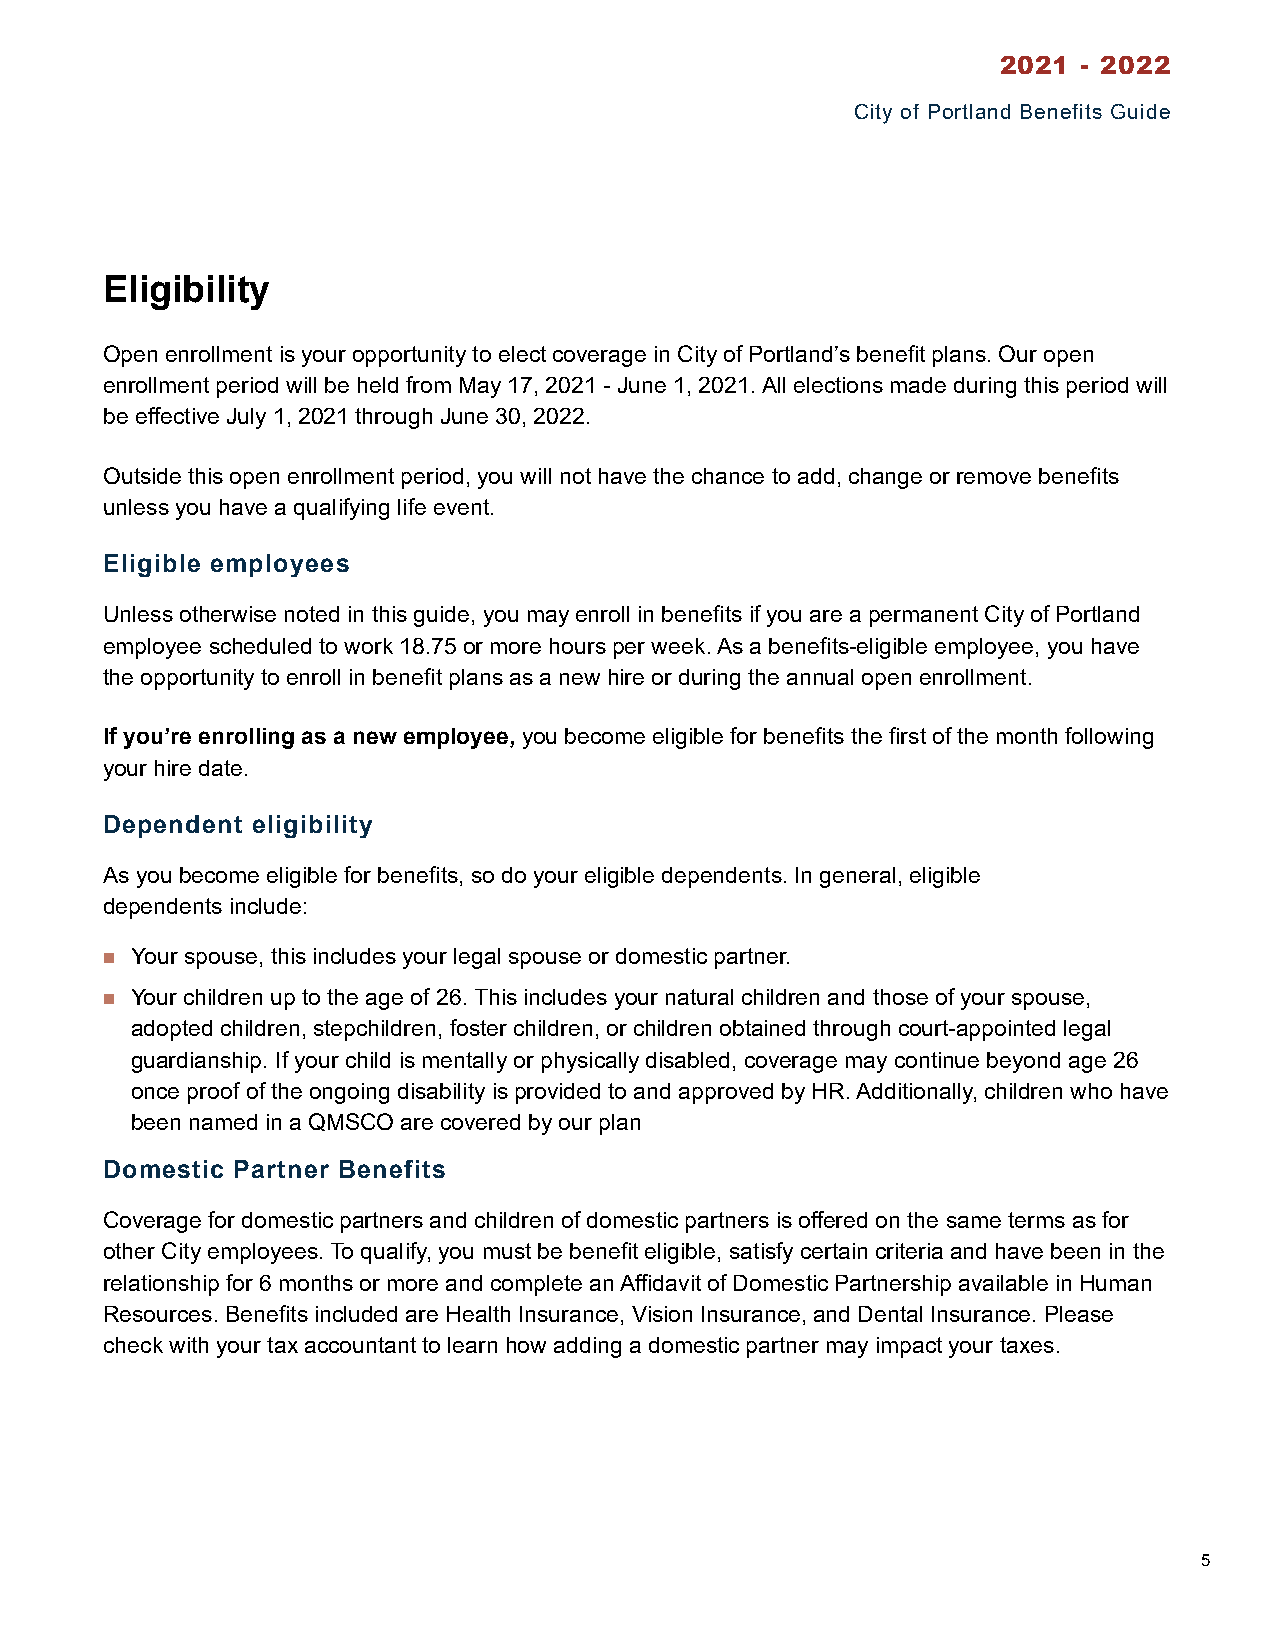
2021  - 2022
 City of Portland Benefits Guide
 Eligibility
 Open enrollment is your opportunity to elect coverage in City of Portland’s benefit plans. Our open
 enrollment period will be held from May 17, 2021 - June 1, 2021. All elections made during this period will
 be effective July 1, 2021 through June 30, 2022.
 Outside this open enrollment period, you will not have the chance to add, change or remove benefits
 unless you have a qualifying life event.
 Eligible employees
 Unless otherwise noted in this guide, you may enroll in benefits if you are a permanent City of Portland
 employee scheduled to work 18.75 or more hours per week. As a benefits-eligible employee, you have
 the opportunity to enroll in benefit plans as a new hire or during the annual open enrollment.
 If you’re enrolling as a new employee, you become eligible for benefits the first of the month following
 your hire date.
 Dependent eligibility
 As you become eligible for benefits, so do your eligible dependents. In general, eligible
 dependents include:
  Your spouse, this includes your legal spouse or domestic partner.
  Your children up to the age of 26. This includes your natural children and those of your spouse,
 adopted children, stepchildren, foster children, or children obtained through court-appointed legal
 guardianship. If your child is mentally or physically disabled, coverage may continue beyond age 26
 once proof of the ongoing disability is provided to and approved by HR. Additionally, children who have
 been named in a QMSCO are covered by our plan
 Domestic Partner Benefits
 Coverage for domestic partners and children of domestic partners is offered on the same terms as for
 other City employees. To qualify, you must be benefit eligible, satisfy certain criteria and have been in the
 relationship for 6 months or more and complete an Affidavit of Domestic Partnership available in Human
 Resources. Benefits included are Health Insurance, Vision Insurance, and Dental Insurance. Please
 check with your tax accountant to learn how adding a domestic partner may impact your taxes.
 5